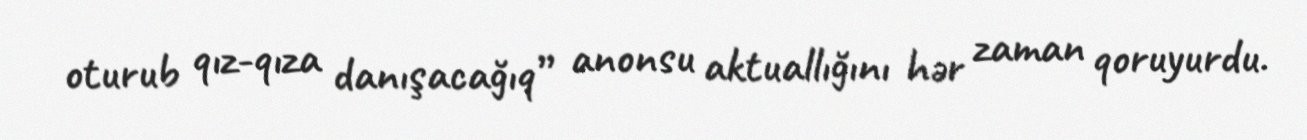
oturub qız-qıza danışacağıq” anonsu aktuallığını hər zaman qoruyurdu.